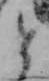
と